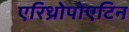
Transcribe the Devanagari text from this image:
एरिथ्रोपोएटिन